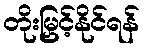
တိုးမြှင့်နိုင်ရန်